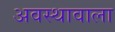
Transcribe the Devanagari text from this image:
अवस्थावाला